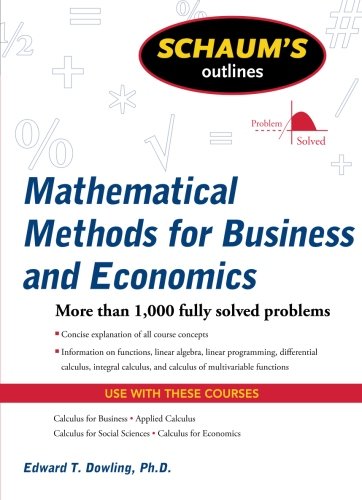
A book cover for Schaum's Outline of Mathematical Methods for Business and Economics (Schaum's Outlines); Edward Dowling; Business & Money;